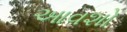
આવશો